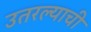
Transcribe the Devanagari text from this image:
उतरल्याची